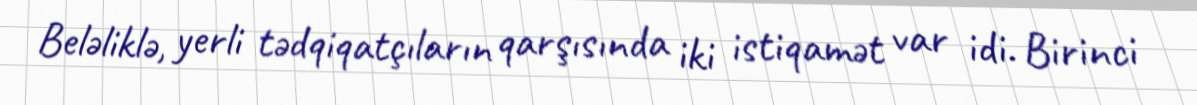
Beləliklə, yerli tədqiqatçıların qarşısında iki istiqamət var idi. Birinci